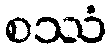
စဿံ